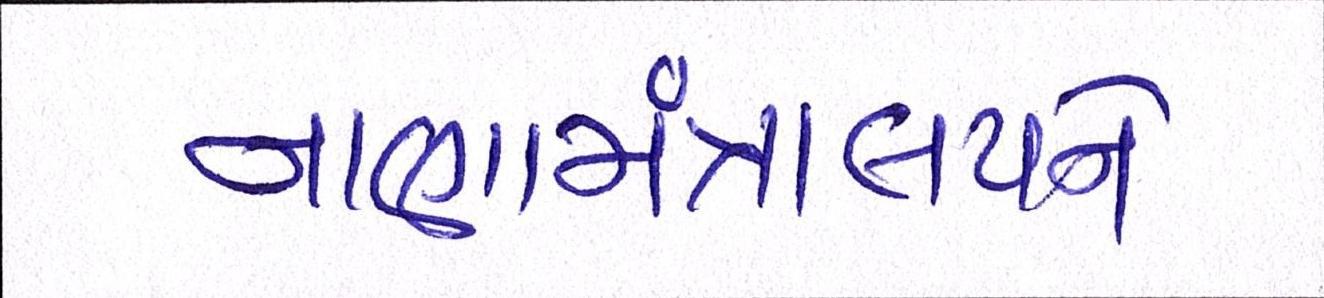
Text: નાણામંત્રાલયને